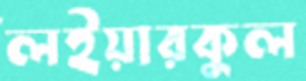
লইয়ারকুল